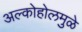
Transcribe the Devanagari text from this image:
अल्कोहोलमुळे